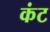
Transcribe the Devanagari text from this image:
कंट